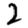
Digit: 2